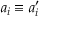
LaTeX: a _ { i } \equiv a _ { i } ^ { \prime }